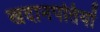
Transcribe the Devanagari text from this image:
खदानपतियों